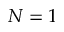
N = 1